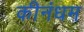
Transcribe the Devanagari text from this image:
कीनंधम